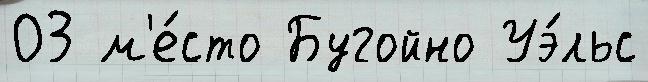
03 м'е́сто Бугойно Уэ́льс